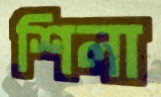
শিলা